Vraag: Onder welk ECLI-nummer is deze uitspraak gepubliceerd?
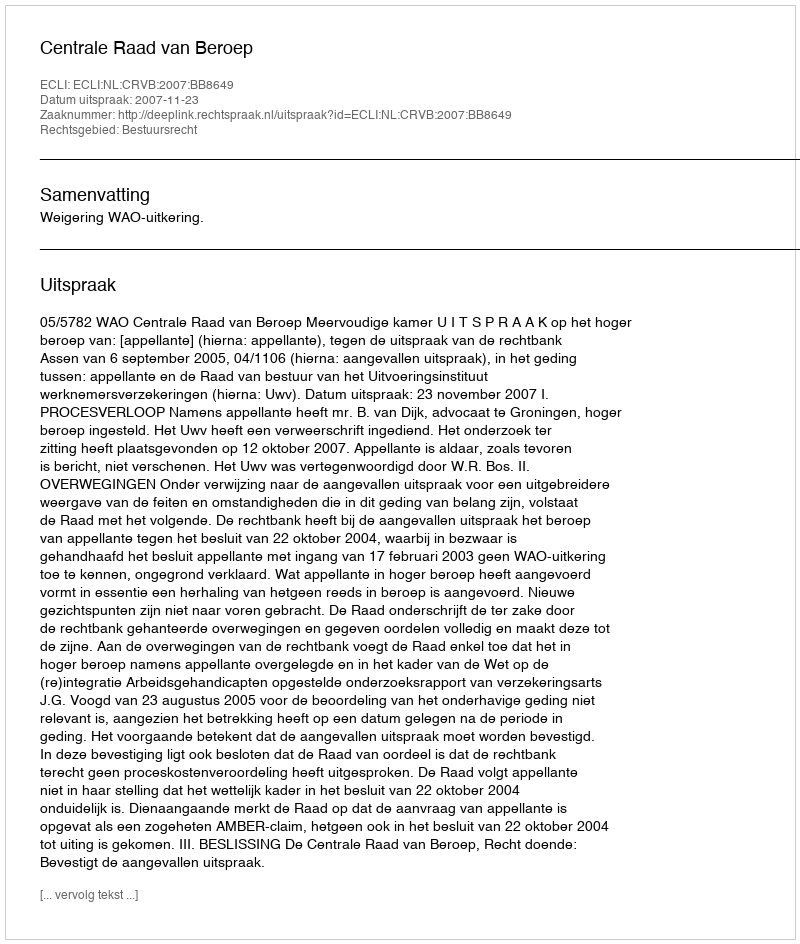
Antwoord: ECLI:NL:CRVB:2007:BB8649